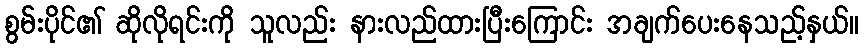
စွမ်းပိုင်၏ ဆိုလိုရင်းကို သူလည်း နားလည်ထားပြီးကြောင်း အချက်ပေးနေသည့်နှယ်။